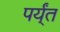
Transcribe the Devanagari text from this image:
पर्य्ंत